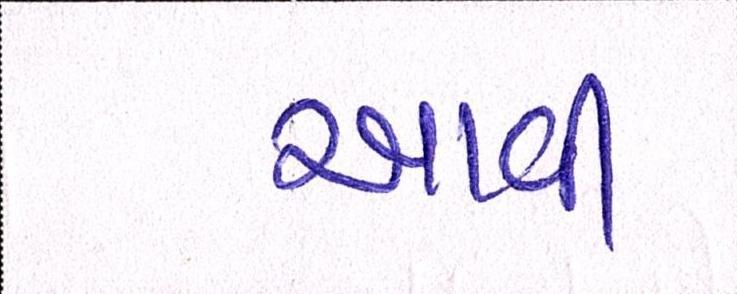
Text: આવી